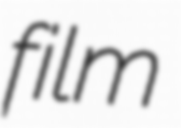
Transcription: film